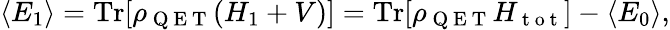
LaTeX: \langle E_{1}\rangle=\mathrm{Tr}[\rho_{\mathrm{~Q~E~T~}}(H_{1}+V)]=\mathrm{Tr}[\rho_{\mathrm{~Q~E~T~}}H_{\mathrm{~t~o~t~}}]-\langle E_{0}\rangle,